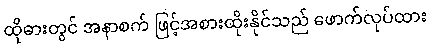
ထိုဓားတွင် အနာစက် ဖြင့်အစားထိုးနိုင်သည် ဖောက်လုပ်ထား